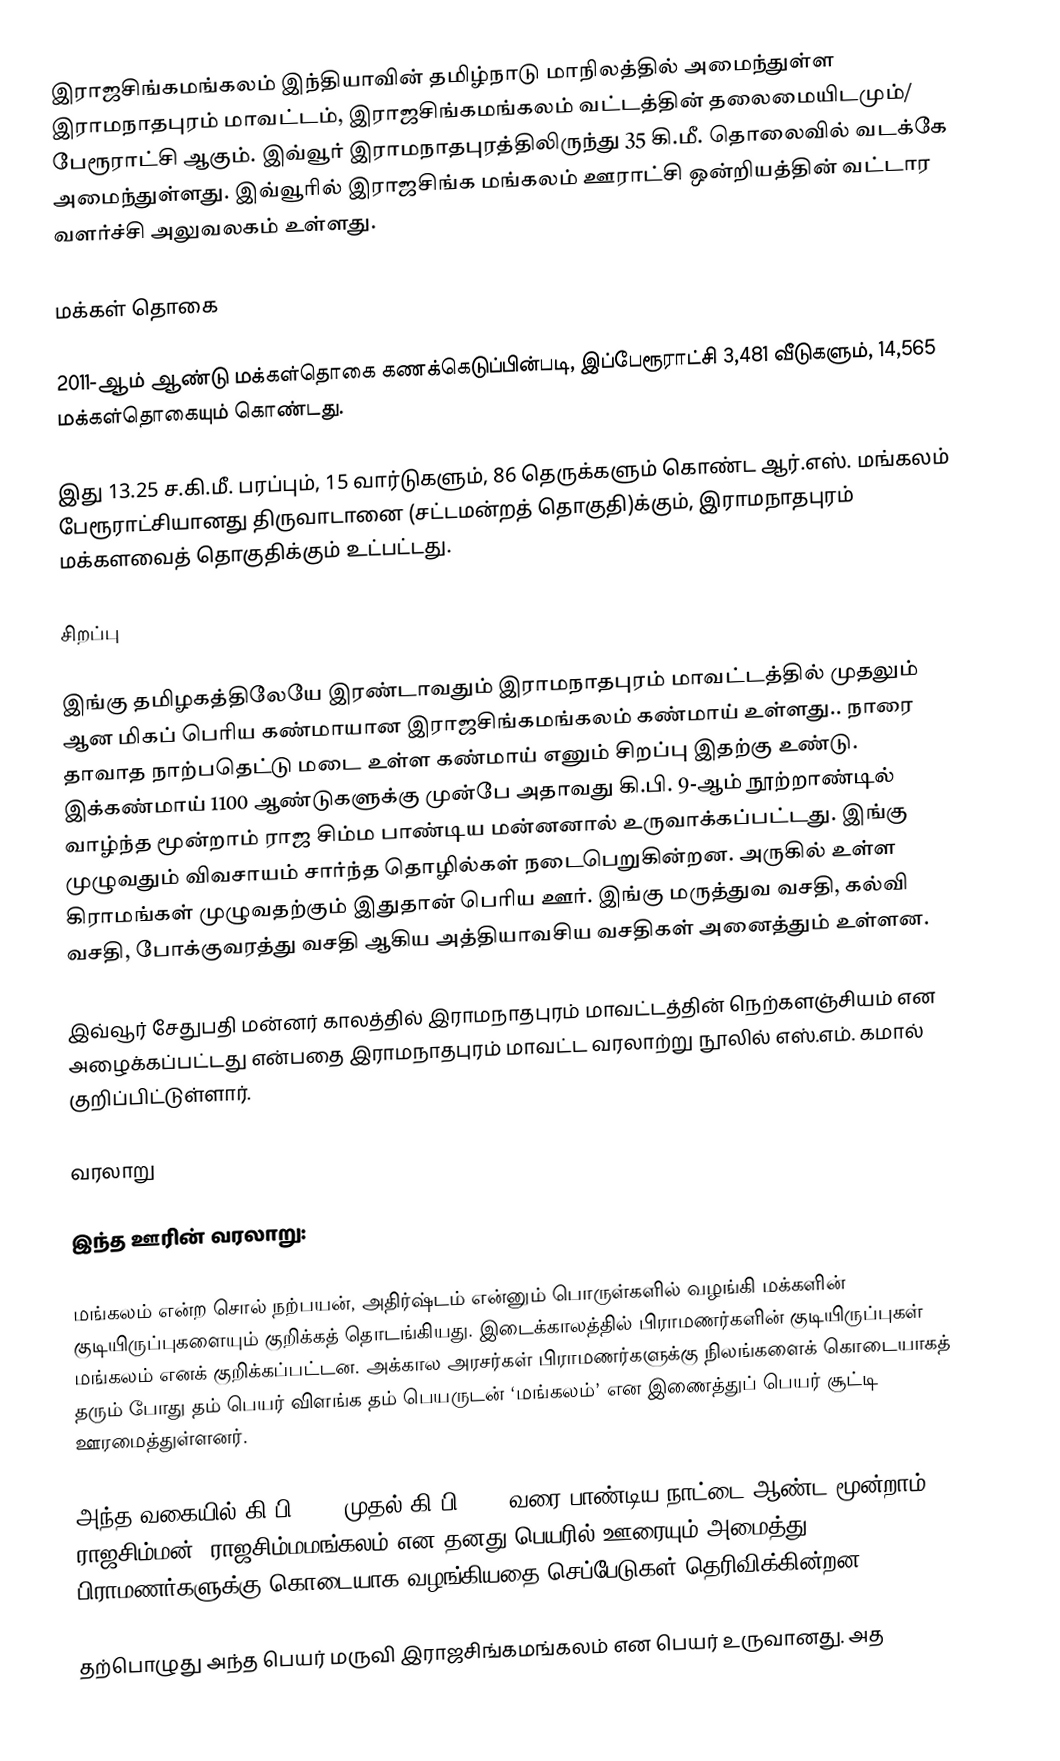
இராஜசிங்கமங்கலம் இந்தியாவின் தமிழ்நாடு மாநிலத்தில் அமைந்துள்ள இராமநாதபுரம் மாவட்டம், இராஜசிங்கமங்கலம் வட்டத்தின் தலைமையிடமும்/ பேரூராட்சி ஆகும். இவ்வூர் இராமநாதபுரத்திலிருந்து      35 கி.மீ. தொலைவில் வடக்கே அமைந்துள்ளது. இவ்வூரில் இராஜசிங்க மங்கலம் ஊராட்சி ஒன்றியத்தின் வட்டார வளர்ச்சி அலுவலகம் உள்ளது.

மக்கள் தொகை

2011-ஆம் ஆண்டு மக்கள்தொகை கணக்கெடுப்பின்படி,   இப்பேரூராட்சி 3,481        வீடுகளும்,                           14,565 மக்கள்தொகையும் கொண்டது.

இது 13.25 ச.கி.மீ. பரப்பும், 15 வார்டுகளும், 86 தெருக்களும் கொண்ட ஆர்.எஸ். மங்கலம் பேரூராட்சியானது  திருவாடானை (சட்டமன்றத் தொகுதி)க்கும், இராமநாதபுரம் மக்களவைத் தொகுதிக்கும் உட்பட்டது.

சிறப்பு

இங்கு தமிழகத்திலேயே இரண்டாவதும் இராமநாதபுரம் மாவட்டத்தில் முதலும் ஆன மிகப் பெரிய கண்மாயான இராஜசிங்கமங்கலம் கண்மாய் உள்ளது.. நாரை தாவாத நாற்பதெட்டு மடை உள்ள கண்மாய் எனும் சிறப்பு இதற்கு உண்டு. இக்கண்மாய் 1100 ஆண்டுகளுக்கு  முன்பே அதாவது கி.பி. 9-ஆம் நூற்றாண்டில் வாழ்ந்த மூன்றாம் ராஜ சிம்ம பாண்டிய மன்னனால் உருவாக்கப்பட்டது. இங்கு முழுவதும் விவசாயம் சார்ந்த தொழில்கள் நடைபெறுகின்றன. அருகில் உள்ள கிராமங்கள் முழுவதற்கும் இதுதான் பெரிய ஊர். இங்கு மருத்துவ வசதி, கல்வி வசதி, போக்குவரத்து வசதி ஆகிய அத்தியாவசிய வசதிகள் அனைத்தும் உள்ளன.

இவ்வூர்  சேதுபதி மன்னர் காலத்தில் இராமநாதபுரம் மாவட்டத்தின் நெற்களஞ்சியம் என அழைக்கப்பட்டது என்பதை  இராமநாதபுரம் மாவட்ட வரலாற்று நூலில் எஸ்.எம். கமால் குறிப்பிட்டுள்ளார்.

வரலாறு

இந்த ஊரின் வரலாறு:

மங்கலம் என்ற சொல் நற்பயன், அதிர்ஷ்டம் என்னும் பொருள்களில் வழங்கி மக்களின் குடியிருப்புகளையும் குறிக்கத் தொடங்கியது. இடைக்காலத்தில் பிராமணர்களின் குடியிருப்புகள் மங்கலம் எனக் குறிக்கப்பட்டன. அக்கால அரசர்கள் பிராமணர்களுக்கு  நிலங்களைக் கொடையாகத் தரும் போது தம் பெயர் விளங்க தம் பெயருடன் ‘மங்கலம்’ என இணைத்துப் பெயர் சூட்டி ஊரமைத்துள்ளனர்.

அந்த வகையில் கி.பி. 900 முதல் கி.பி. 920 வரை பாண்டிய நாட்டை ஆண்ட மூன்றாம் ராஜசிம்மன், ராஜசிம்மமங்கலம் என தனது பெயரில் ஊரையும் அமைத்து  பிராமணர்களுக்கு கொடையாக வழங்கியதை செப்பேடுகள் தெரிவிக்கின்றன.

தற்பொழுது அந்த பெயர் மருவி            இராஜசிங்கமங்கலம்  என பெயர் உருவானது. அத